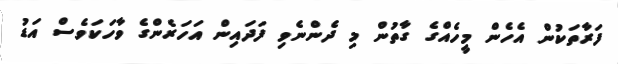
ފަރާތަކުން އެހެން މީހެއްގެ ގާތުން މި ދެންނެވި ފަދައިން އަހަރެންގެ ވާހަކަވެސް އަޑު